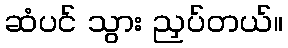
ဆံပင် သွား ညှပ်တယ်။